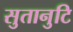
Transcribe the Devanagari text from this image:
सुतानुटि